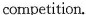
competition.